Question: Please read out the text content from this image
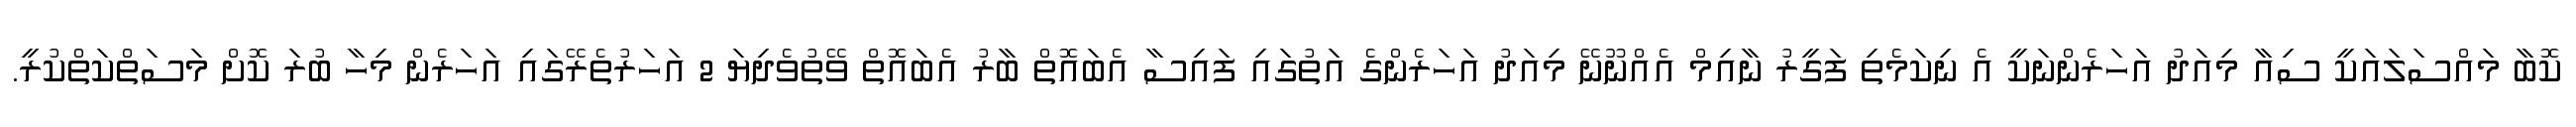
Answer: ކޮބާ މައްސަލައަކީ ސިއާ މިއަދު އަހަރެންނަކީ އެ ނިކަމެތި ފަގީރު ނާއިމް އެއްނޫނޭ މިއަދު އަހަރެންގެ އަތުގައި ފައިސާ އެބައޮތް ބާރު އެބައޮތް ވޭތުވެދިޔަ 2 އަހަރުތެރޭގައި އަހަރެން މިހާ ބުރަ ކޮށް މަސަތްކަތްކުރީ.